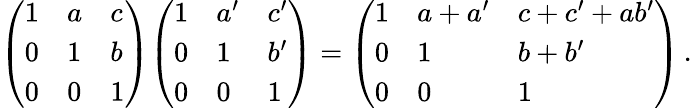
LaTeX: {\left(\begin{array}{lll}{1}&{a}&{c}\\ {0}&{1}&{b}\\ {0}&{0}&{1}\end{array}\right)}{\left(\begin{array}{lll}{1}&{a^{\prime}}&{c^{\prime}}\\ {0}&{1}&{b^{\prime}}\\ {0}&{0}&{1}\end{array}\right)}={\left(\begin{array}{lll}{1}&{a+a^{\prime}}&{c+c^{\prime}+ab^{\prime}}\\ {0}&{1}&{b+b^{\prime}}\\ {0}&{0}&{1}\end{array}\right)}\, .